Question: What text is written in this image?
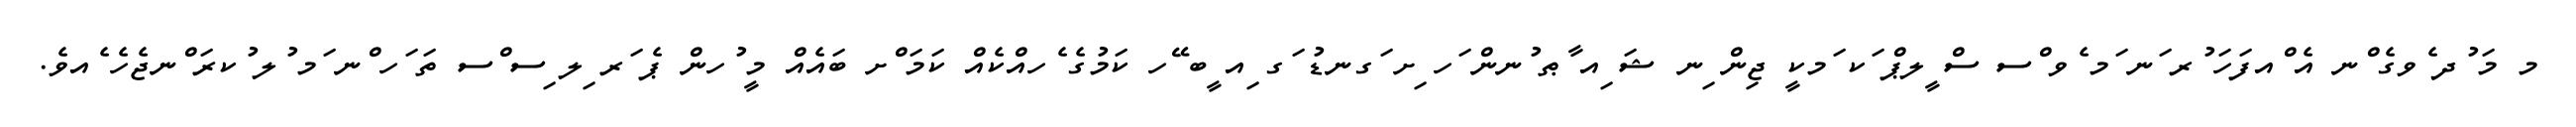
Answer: މ މަ ުދ ެވގެ ްނ އެ ްއފަހަ ުރ ަނ ަމ ެވ ްސ ސް ީލޕް ަކ ަމކީ ޖިން ިނ ޝަ ިއ ާޠ ުނން ަހ ިށ ަގނޑު ަގ ިއ ީބ ޭހ ކަމުގެ ެހއްކެއް ކަމަ ްށ ބައެއް މީ ުހން ޕެ ަރ ިލ ިސ ްސ ތަ ަހ ްނ ަމ ުލ ުކރަ ްނޖެހެ ެއވެ.